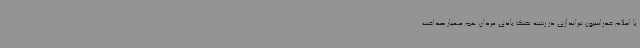
با اعلام فدراسیون تیراندازی در رشته تفنگ بادی مردان هم مهیار صداقت